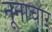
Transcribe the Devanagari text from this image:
नूनाचार